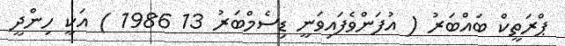
ޕްރަތީކް ބައްބަރު ( އުފަންވެފައިވަނީ ޑިސެމްބަރު 13 1986 ) އަކީ ހިންދީ